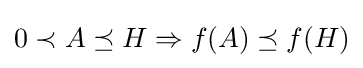
0\prec A\preceq H\Rightarrow f(A)\preceq f(H)